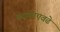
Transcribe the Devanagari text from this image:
बदकाएवढे